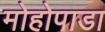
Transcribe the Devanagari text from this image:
मोहोपाडा